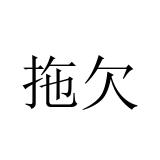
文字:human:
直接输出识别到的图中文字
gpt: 拖欠